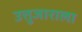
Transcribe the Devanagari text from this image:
उत्तुजाराला